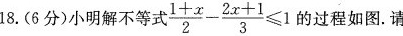
18.6分)小明解不等式 $$\frac{ 1 + x } { 2 } - \frac { 2 x + 1 } { 3 } ≤ 1$$ 的过程如图。请